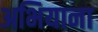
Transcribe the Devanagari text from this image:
अभियाना